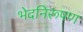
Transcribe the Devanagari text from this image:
भेदनिरूपण